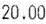
20.00